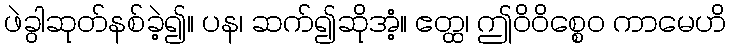
ဖဲခွါဆုတ်နစ်ခဲ့၍။ ပန၊ ဆက်၍ဆိုအံ့။ ဧတ္ထ၊ ဤဝိဝိစ္စေဝ ကာမေဟိ